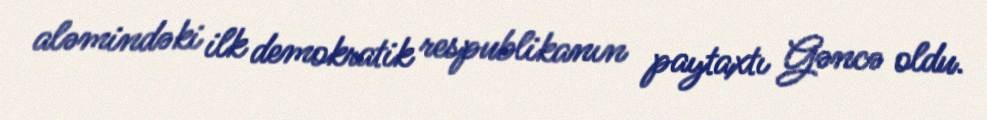
aləmindəki ilk demokratik respublikanın paytaxtı Gəncə oldu.